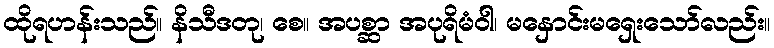
ထိုရဟန်းသည်။ နိသီဒတု၊ စေ။ အပစ္ဆာ အပုရိမံဝါ၊ မနှောင်းမရှေးသော်လည်း။